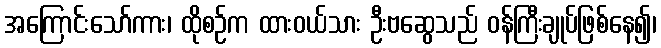
အကြောင်းသော်ကား၊ ထိုစဉ်က ထားဝယ်သား ဦးဗဆွေသည် ဝန်ကြီးချုပ်ဖြစ်နေ၍၊